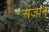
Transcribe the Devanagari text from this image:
अजाने